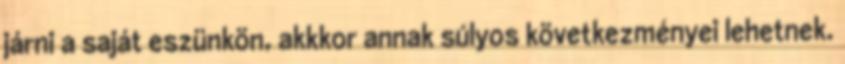
járni a saját eszünkön, akkkor annak súlyos következményei lehetnek.